Vaccination in the Punjab 1883-1896 - 1883-1896
Year: 1883
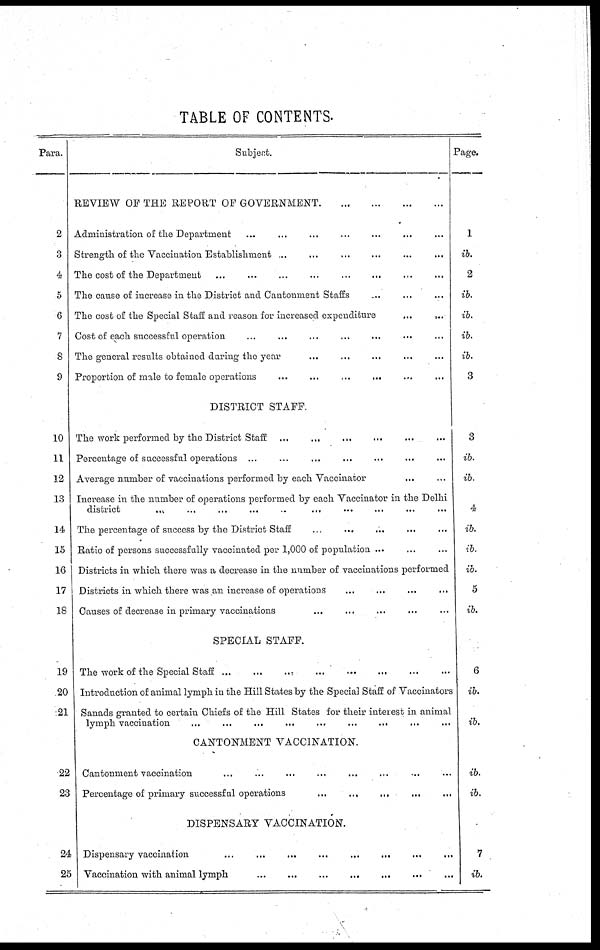
TABLE OF CONTENTS.
Para.
2
3
4
5
6
7
8
9
10
11
12
13
14
15
16
17
18
19
20
21
22
23
24
25
Subject.
REVIEW OF THE REPORT OF GOVERNMENT
...
...
...
...
Administration of the Department ... ... ... ... ... ... ...
Strength of the Vaccination Establishment ... ... ... ... ... ... ...
The cost of the Department ... ... ... ... ... ... ...
The cause of increase in the District and Cantonment Staffs ... ... ...
The cost of the Special Staff and reason for increased expenditure ... ...
Cost of each successful operation ... ... ... ... ... ... ...
The general results obtained during the year ... ... ... ... ...
Proportion of male to female operations
...
...
...
... ... ...
DISTRICT STAFF.
The work performed by the District Staff ... ... ... ... ... ...
Percentage of successful operations ... ... ... ... ... ... ...
Average number of vaccinations performed by each Vaccinator ... ...
Increase in the number of operations performed by each Vaccinator in the Delhi
district
... ... ... ... ... ... ... ... ...
The percentage of success by the District Staff ... ... ... ... ...
Ratio of persons successfully vaccinated per 1,000 of population ... ... ...
Districts in which there was a decrease in the number of vaccinations performed
Districts in which there was an increase of operations ... ... ... ...
Causes of decrease in primary vaccinations ... ... ... ... ...
SPECIAL STAFF.
The work of the Special Staff ... ... ... ... ... ... ... ...
Introduction of animal lymph in the Hill States by the Special Staff of Vaccinators
Sanads granted to certain Chiefs of the Hill States for their interest in animal
lymph vaccination
...
...
...
...
...
...
... ... ...
CANTONMENT VACCINATION.
Cantonment vaccination ... ... ... ... ... ... ... ...
Percentage of primary successful operations
...
... ... ... ...
DISPENSARY VACCINATION.
Dispensary vaccination ... ... ... ... ... ... ... ...
Vaccination with animal lymph ... ... ... ... ... ... ...
Page.
1
ib.
2
ib.
ib.
ib.
ib.
3
3
ib.
ib.
4
ib.
ib.
ib.
5
ib.
6
ib.
ib.
ib.
ib.
7
ib.